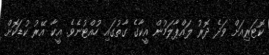
ކޮޓަރިއަށް ވަދެ ދޮރު ލައްޕާލަމުން އީކާގެ ގާތުގައި ހުއްޓުނެވެ. އީކާ އޭރު ކުޑަކޮށް